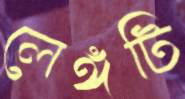
লেঙ্গটি